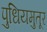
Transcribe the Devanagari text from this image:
पुधियमुतूर